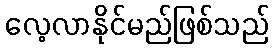
လေ့လာနိုင်မည်ဖြစ်သည်